Martna_vallavalitsus, lk 22
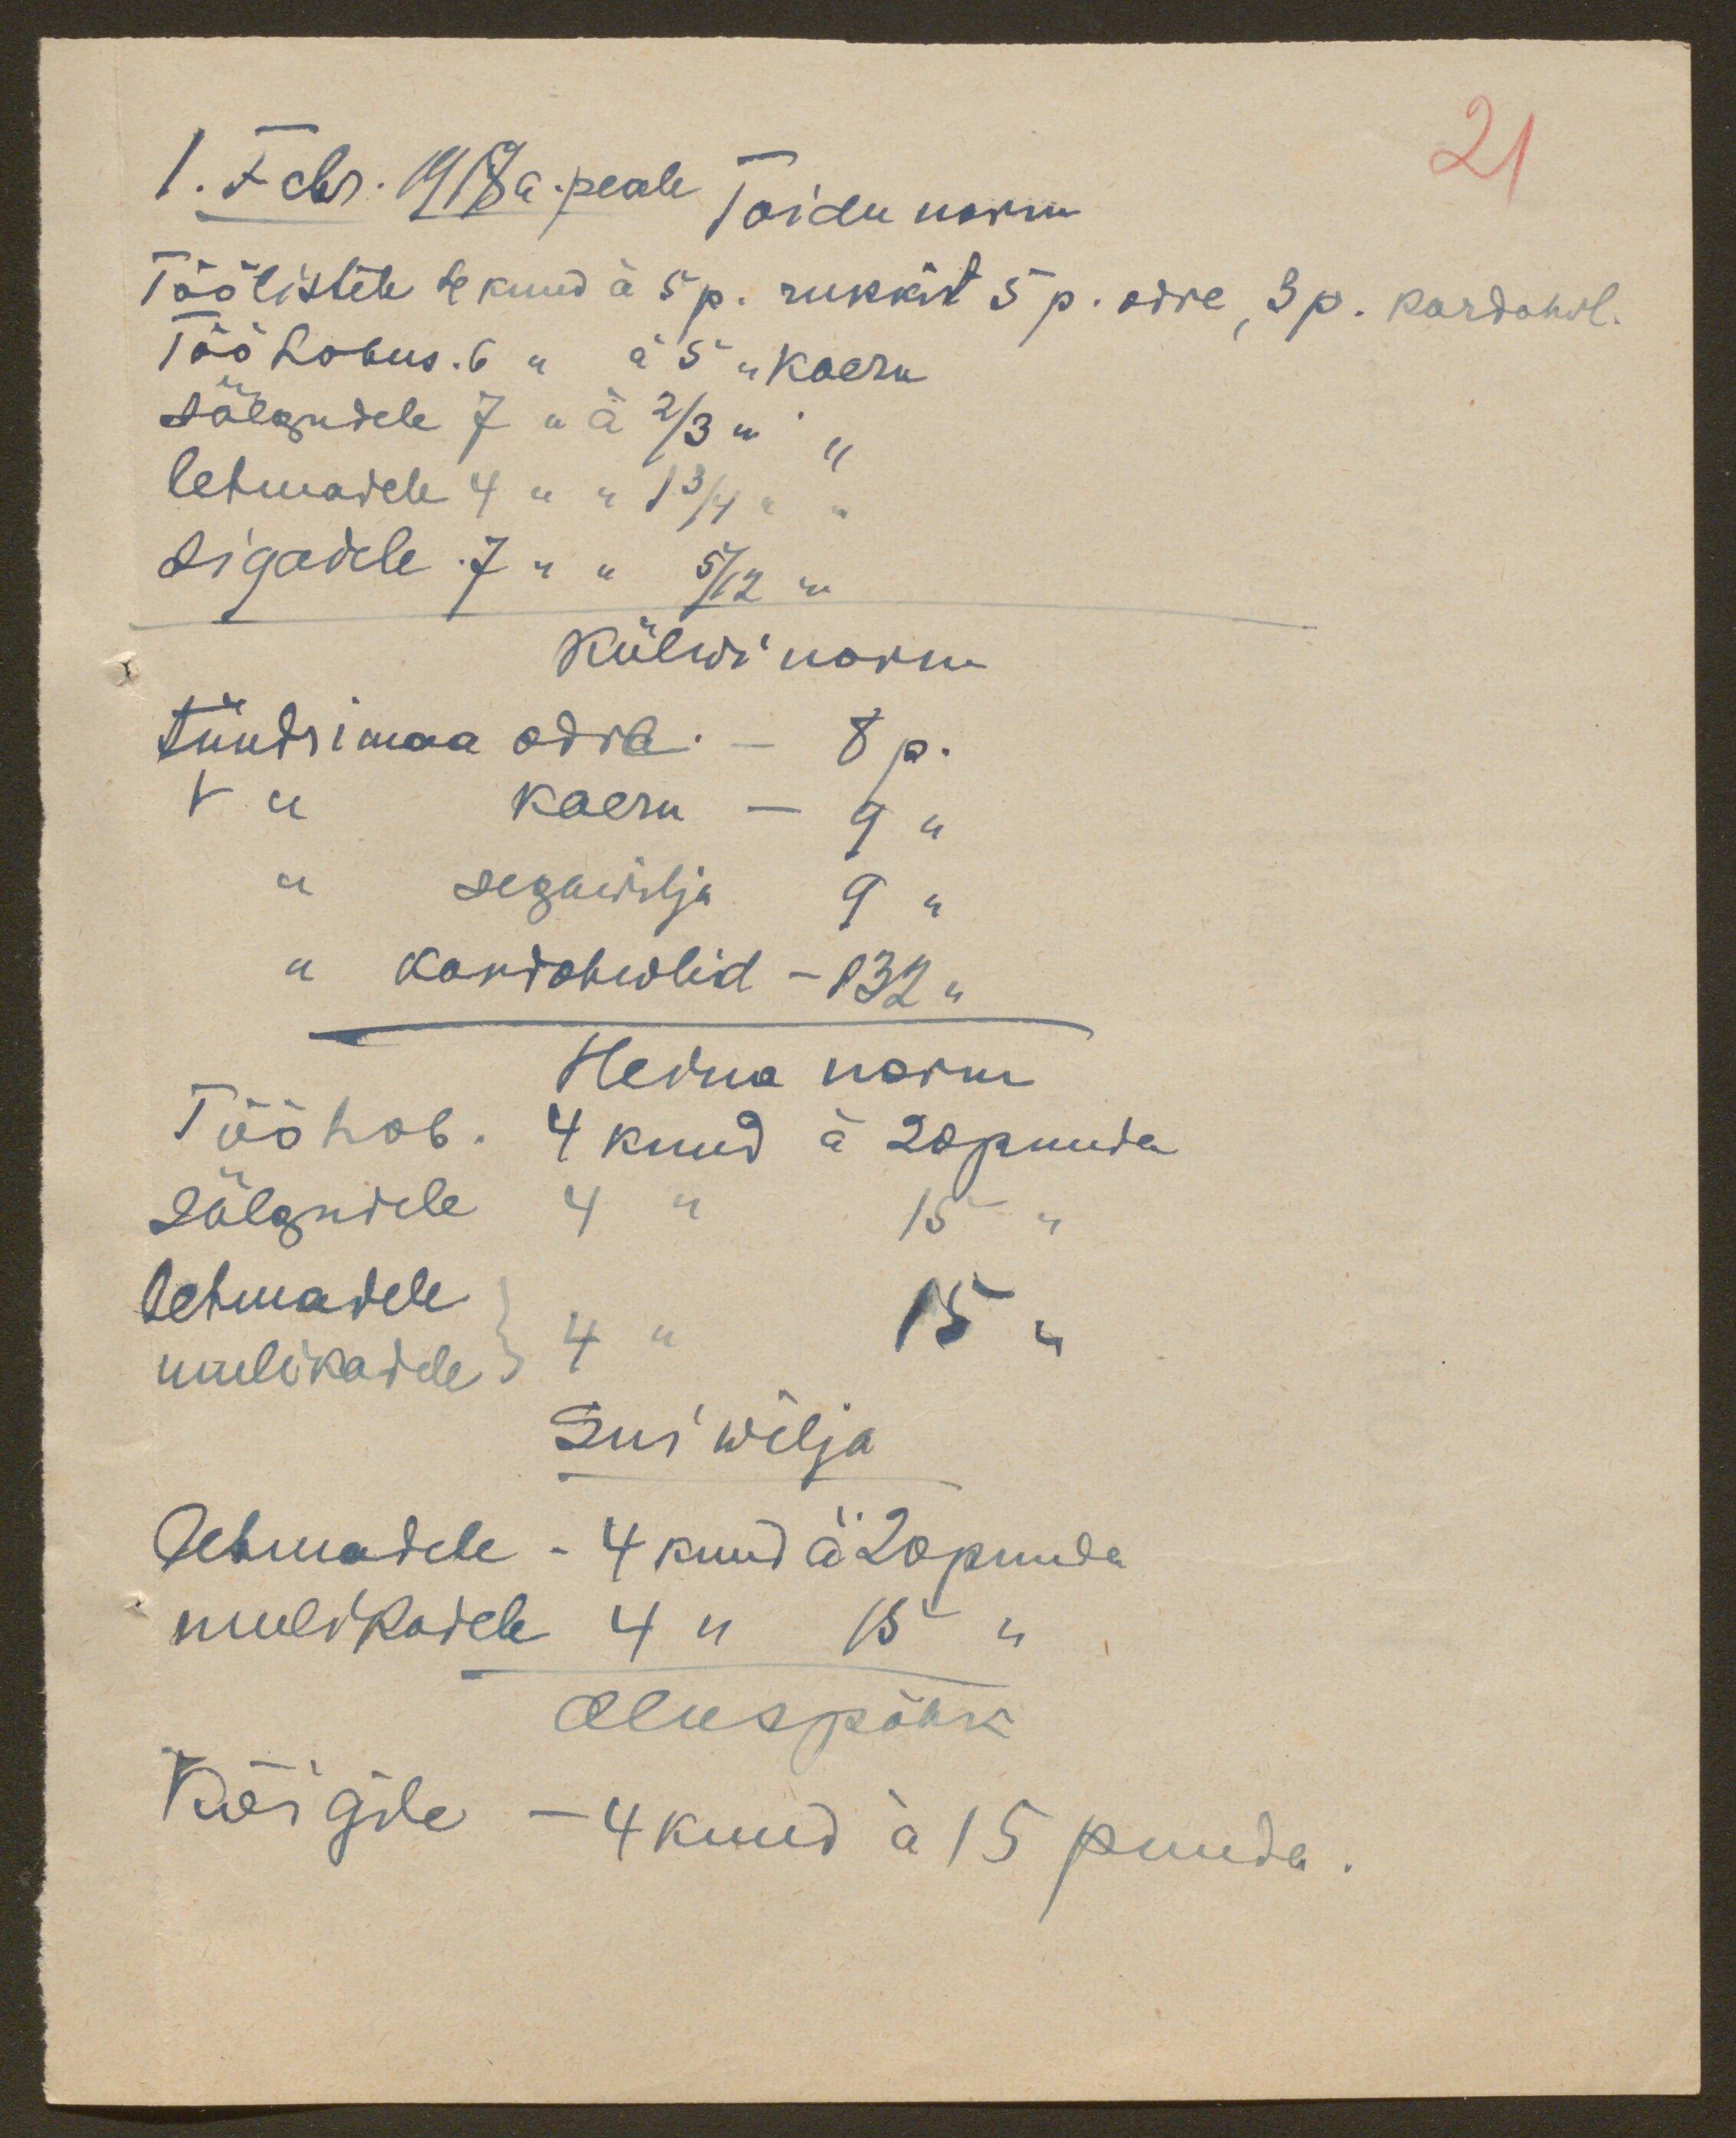
1. Febr 1918 a. peale Toidu norm
21
Töölistele 4 kuud à 5 p. rukkist 5 p. odre, 3 p. kardohwl.
Töö hobus. 6 " à  5 " kaeru
sälgudele 7 " à 2/3 " "
lehmadele 4 " " 1 3/4 "
sigadele 7 " " 5/12 "
Külwi norm
tündrimaa odra. - 8 p.
v " kaeru - 9 "
" segawilja 9 "
" kardohwlid - 132 "
Heina norm
Töö hob. 4 kuud à 20 puuda
sälgudele 4 " 15 "
lehmadele 15 "
mulikadele 4 "
Sui wilja
lehmadele - 4 kuud à 20 puuda
mulikadele 4 " 15 "
Aluspõhk
Kõigile - 4 kuud à 15 puuda.